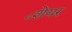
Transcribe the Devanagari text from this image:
८शेयर